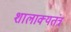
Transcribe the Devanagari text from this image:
शालाक्यतंत्र